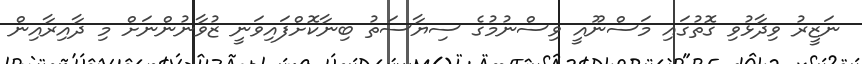
ނަޒީރު ވިދާޅުވި ގޮތުގައި މަސްނޫއީ ވިސްނުމުގެ ސިޔާސަތު ބިނާކޮށްފައިވަނީ ޒުވާނުންނަށް މި ދާއިރާއިން